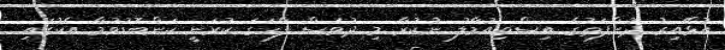
އުޅޭއިރު ދުންފަތުގެ އިސްތިއުމާލު ނުކުރާ މި ދުވަސް ފާހަގަ ކުރަނީ ކަންބޮޑުވުމާ އެކުގައި